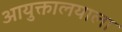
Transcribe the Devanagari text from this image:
आयुक्तालयाला